59_64634_711.5612[7-2852
Agency: Department of State
Incident date: 7/18/52
Page 5
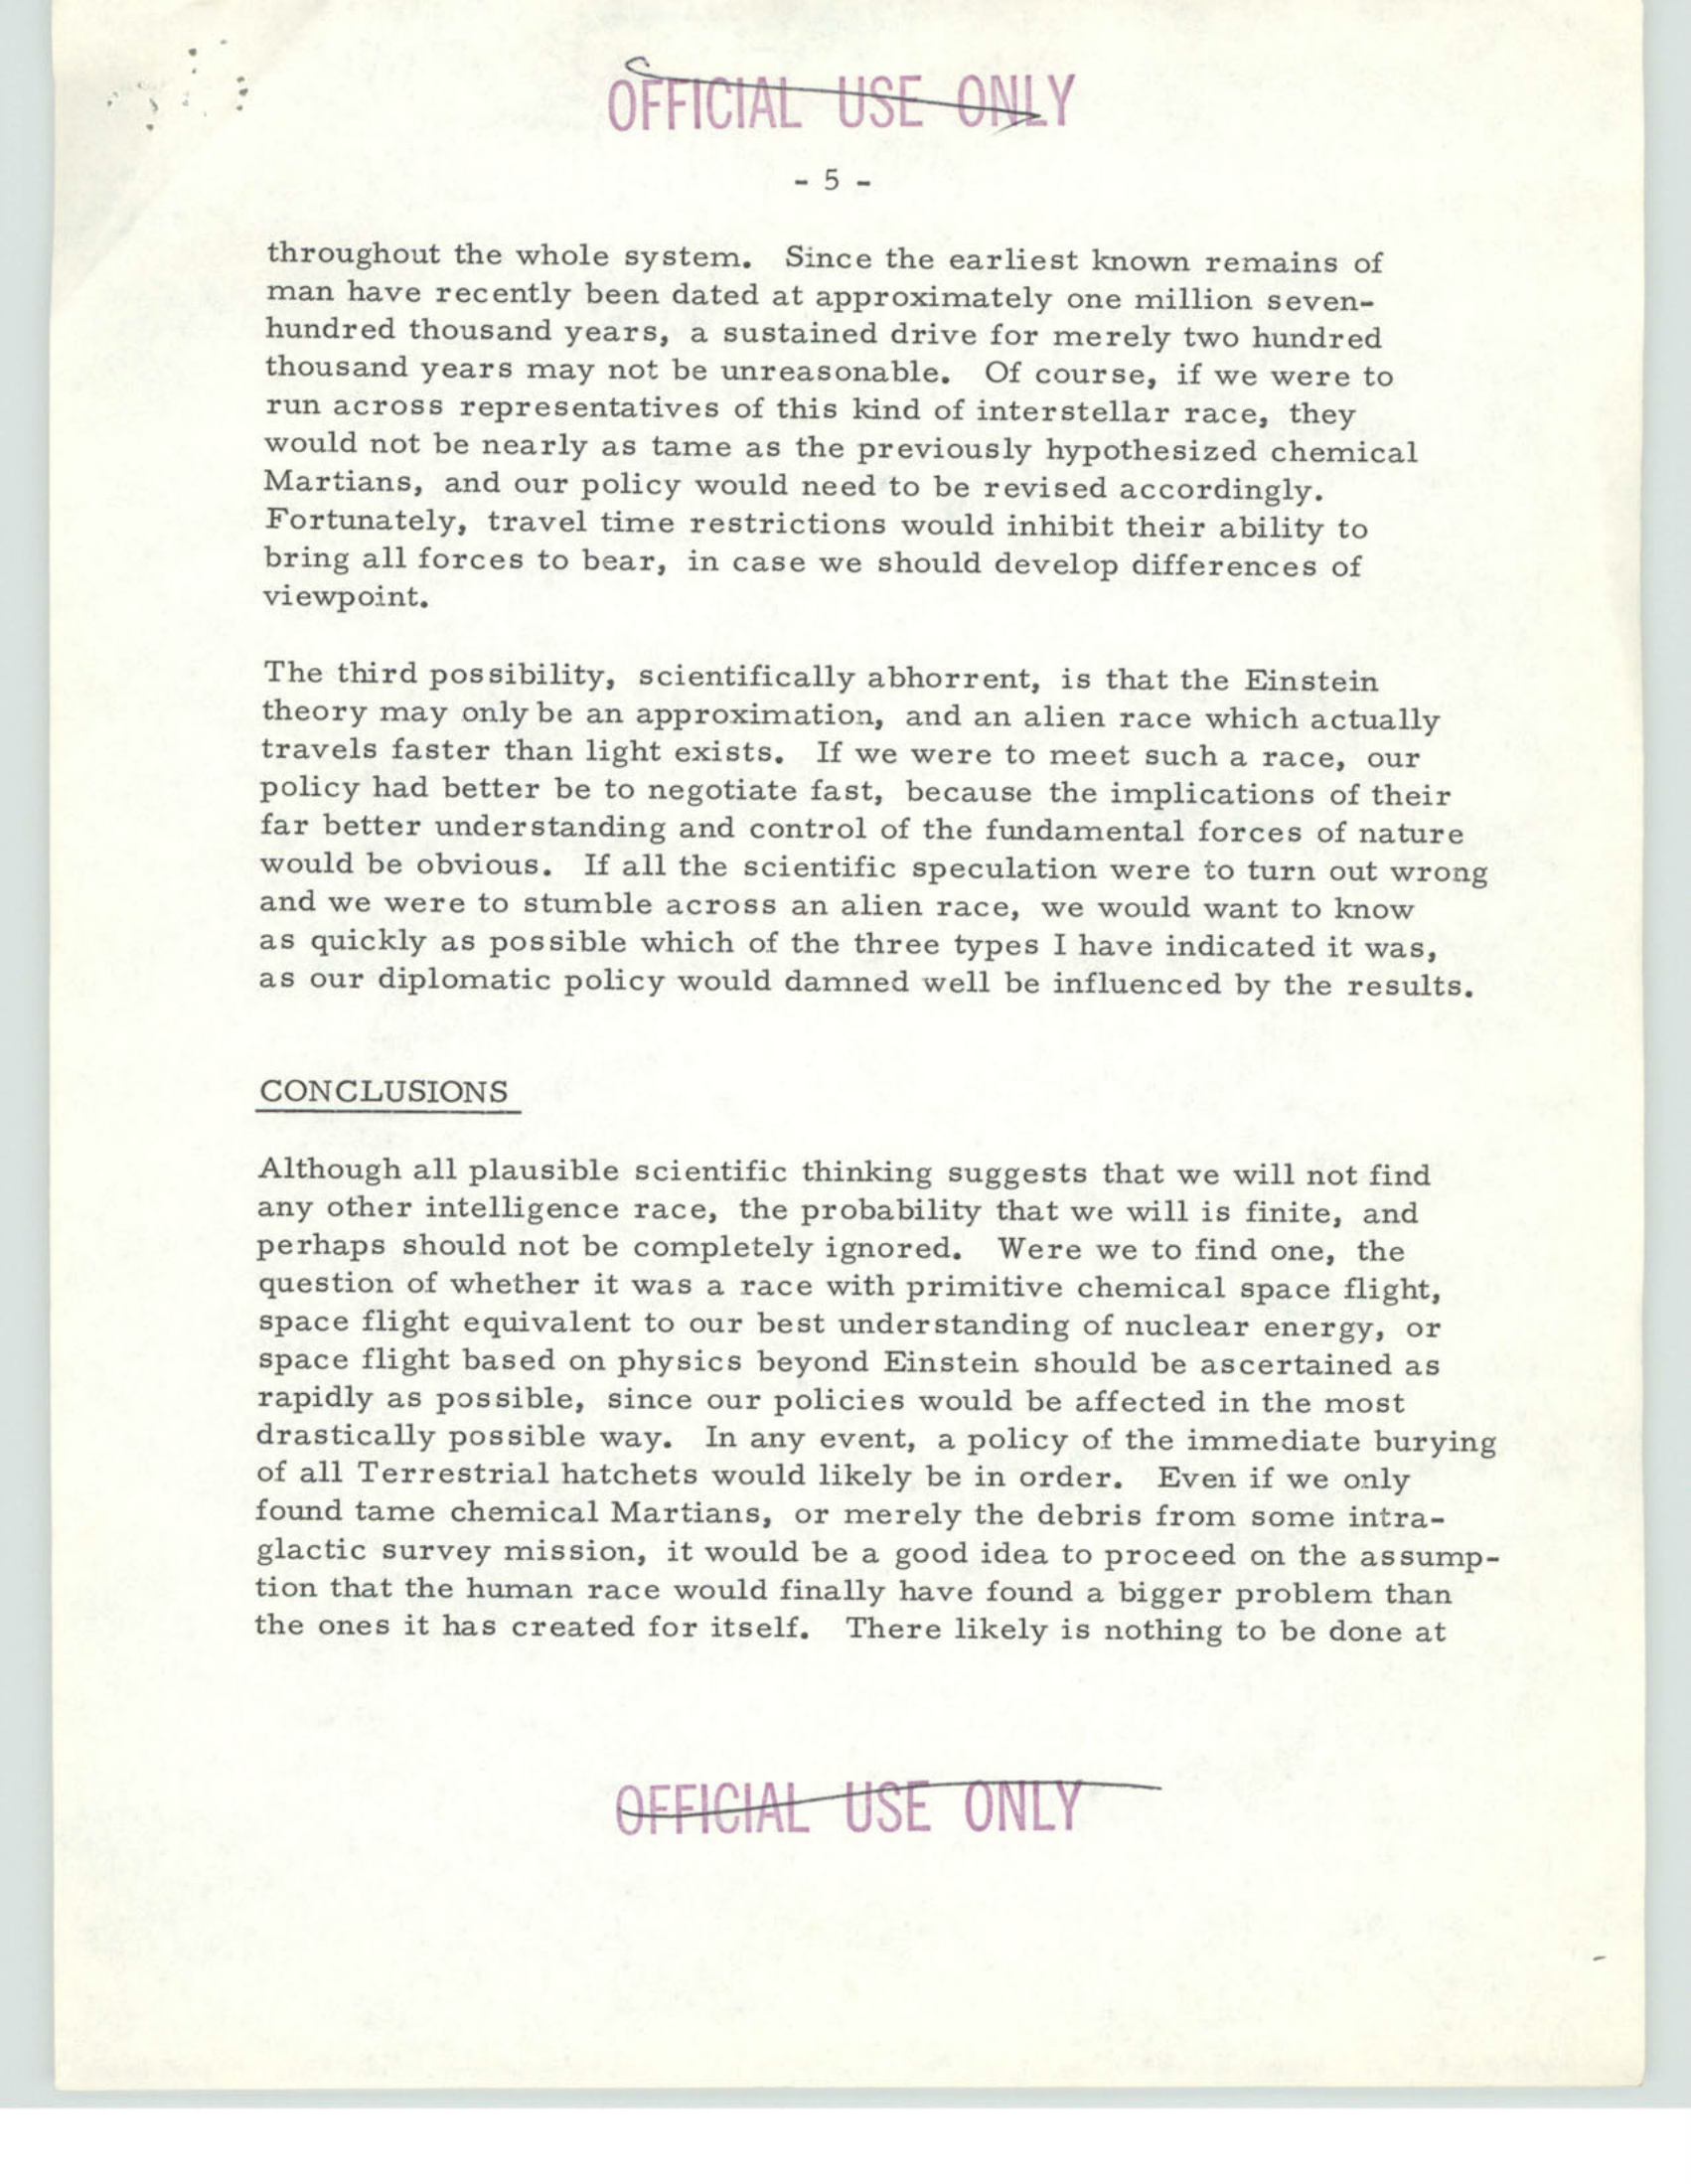